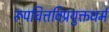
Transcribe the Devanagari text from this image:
रूपचित्तविप्रयुक्तधर्म